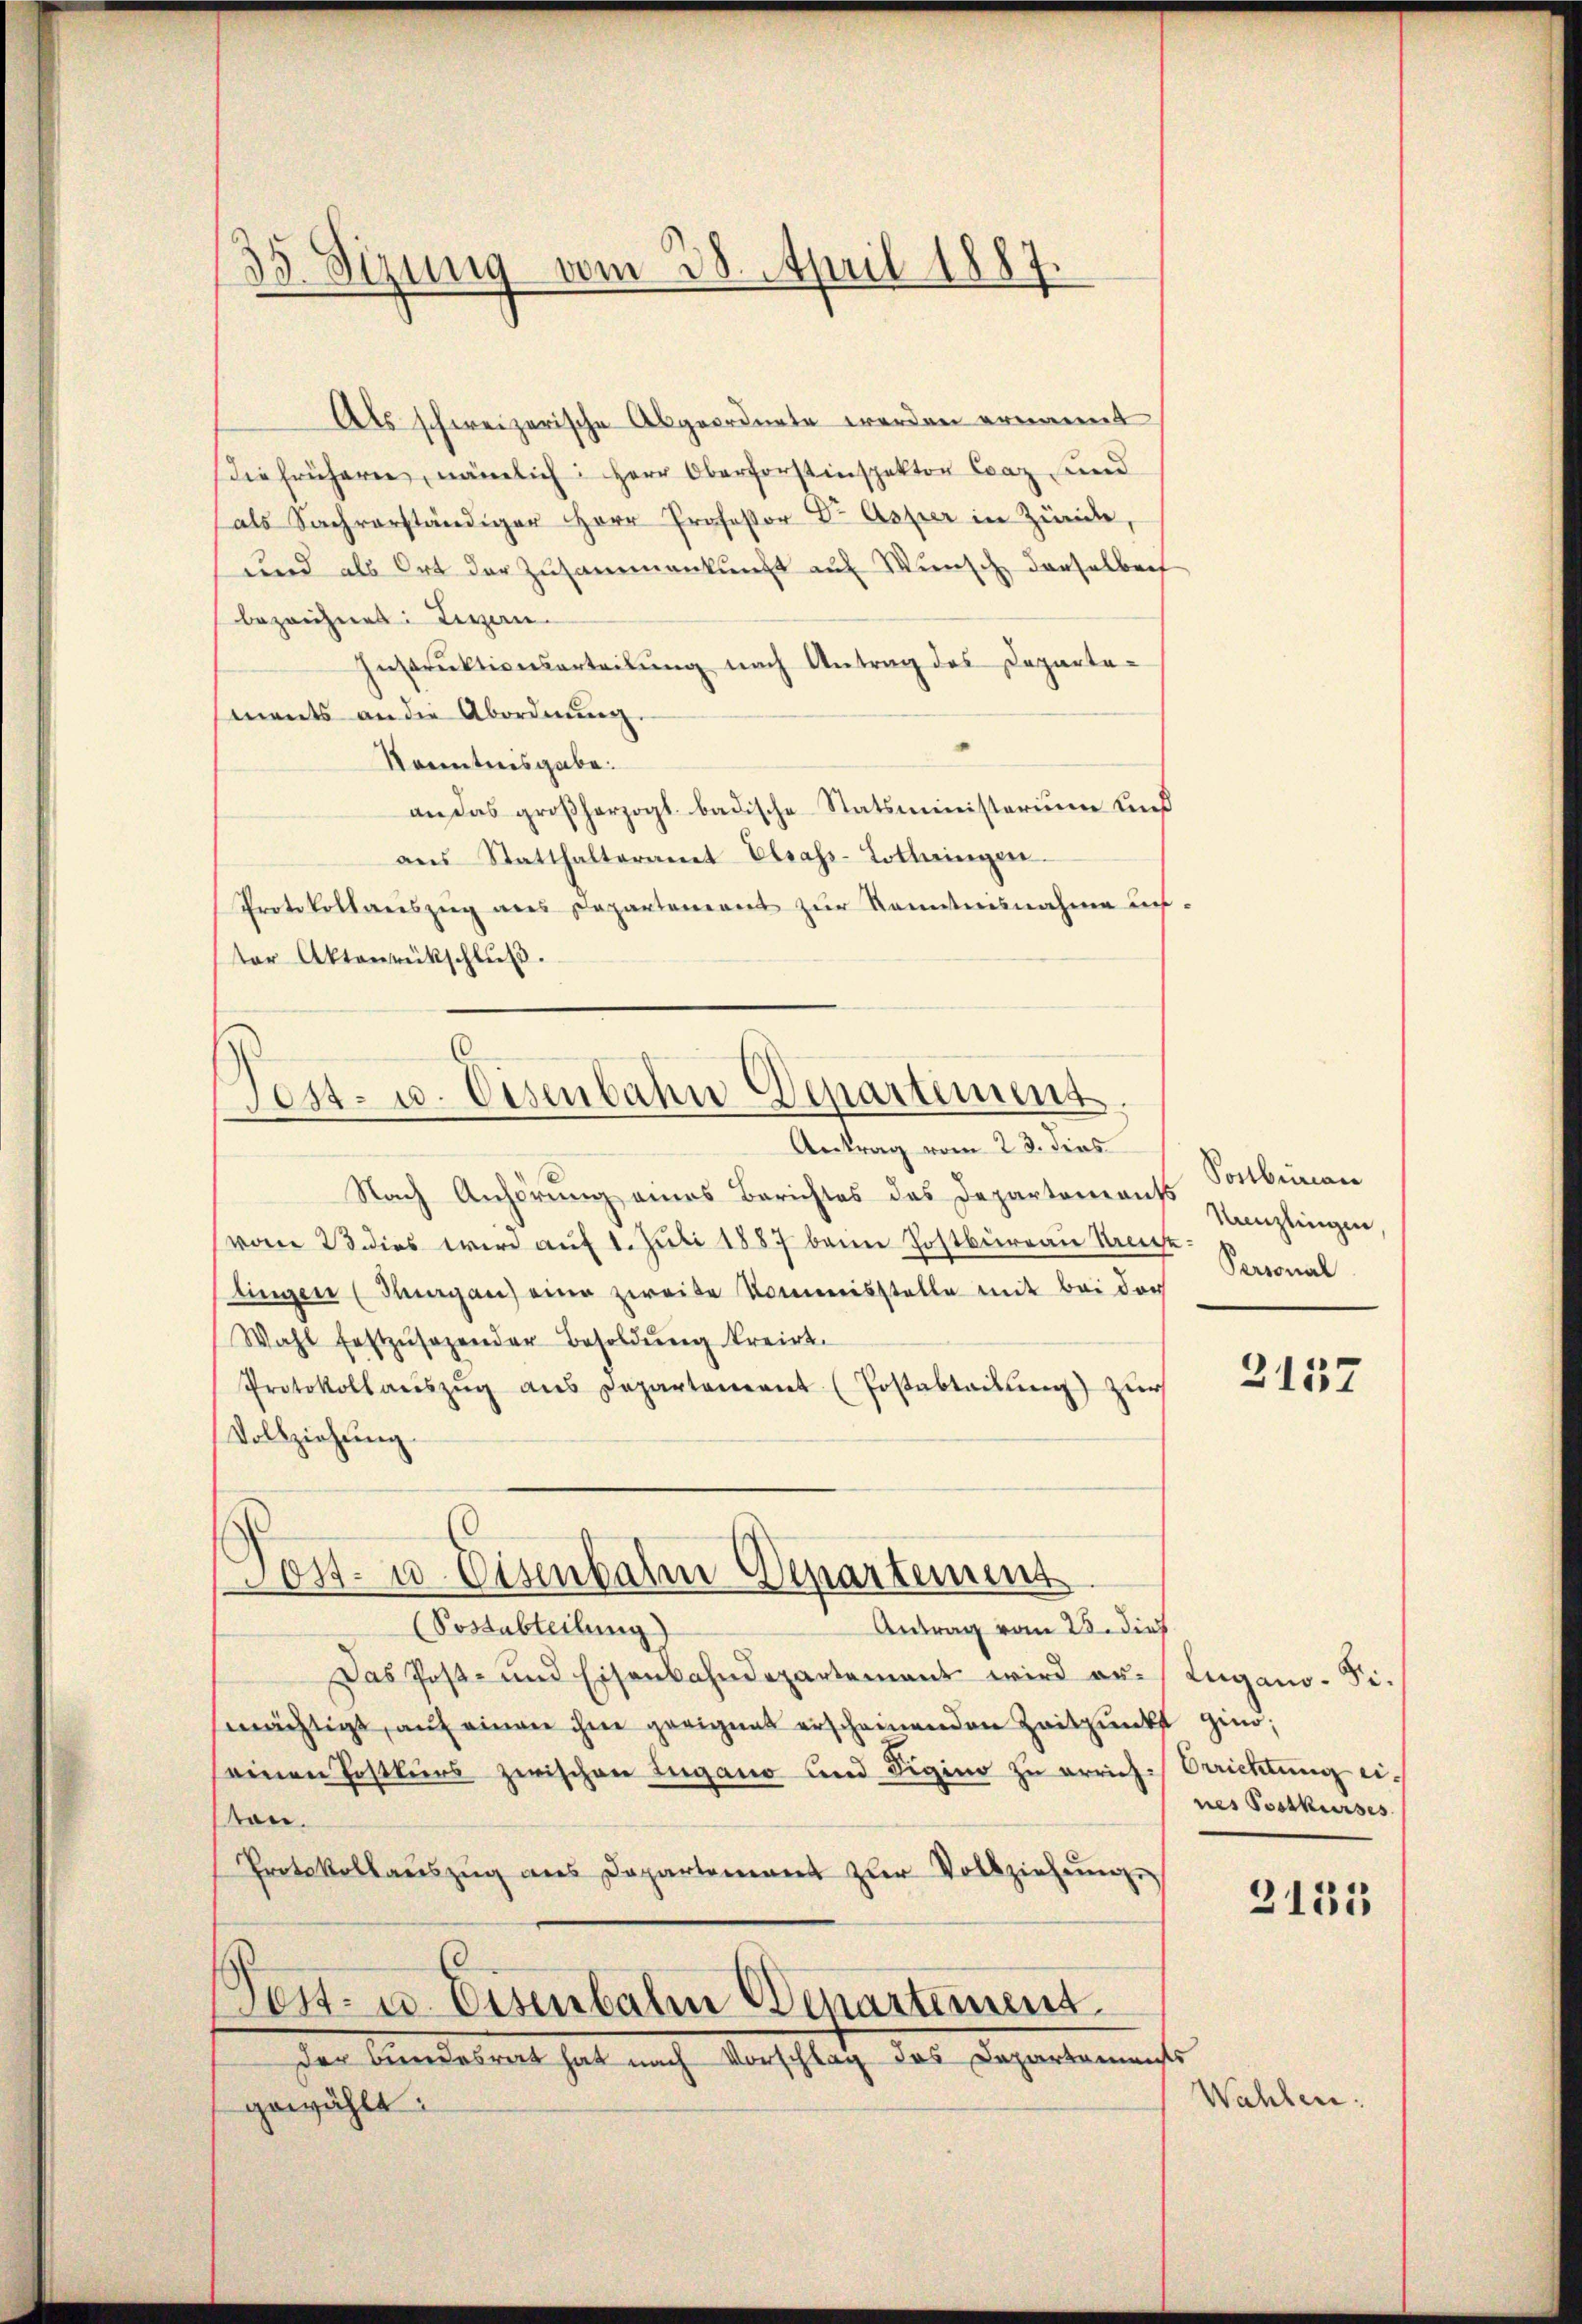
33. Sizung vom 28. April 1887.

)
Post- u. Eisenbahn-Lepartement.
.

Als schweizerische Abgeordnete werden ernannt
iefrühern, nämlich: Herr Oberforstinspektor Caz und
als Sachverständiger Herr Professor Dr Asper in Züncke,
und als Ort der Zusammenkunft auf Wunsch derselberf
bezeichnet: Derzen.
Instruktionsarteilung nach Antrag des Departements an die Abordnŭng.
Kenntnisgabe.
an das großherzogl. badische Statsministerium dieß
ans Statthalteramt Elrass-Lottingen.
Protokollauszug aus Departement zŭr Kenntnisnahme auf-
ter Aktenrückschluß.
Antrag vom 23. dies
Nach Anhörung eines Berichtes des Departonions Kanzlingen
vom 23. dies wird auf 1. Juli 1887 beim Postbüreau Keselingen (Thurgau eine zweite Kommisstelle mit bei den Personal
Wahl festzŭsezender Besoldung kreirt.
Protokollaŭszŭg ans Departement (Postabteilŭng zŭr
Vollziehung.
Tost- u. Eisenbalen Departemens
Antrag vom 23. dies
(Sottabteilung)
Das Post- und Eisenbahndepartement wird au. Lugano. Fimächtigt, auf einen ihme gerigent erscheinenden Zeitpunkt sind;
einen Postkurs zwischen Lugano und Sigina zu errichkon.
Protokollauszug aus Departement zur Vollziehŭng.
Post- u. Eiserbalm Departement
der Bundesrat hat nach Vorschlag das Departements
¬
gewählt:

Postbureau

3157

Orrichtung eines Postkurses

2135

Walchen.